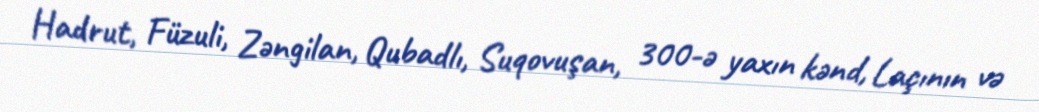
Hadrut, Füzuli, Zəngilan, Qubadlı, Suqovuşan, 300-ə yaxın kənd, Laçının və